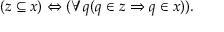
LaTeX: ( z \subseteq x ) \Leftrightarrow ( \forall q ( q \in z \Rightarrow q \in x ) ) .